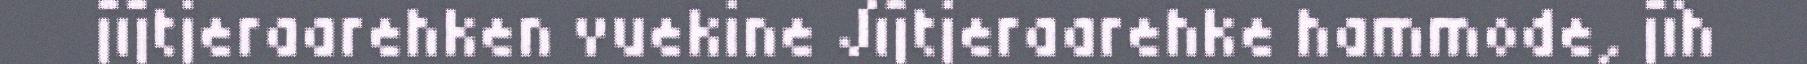
jïjtjeraarehken vuekine Jïjtjeraarehke hammode, jïh